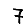
Digit: 7